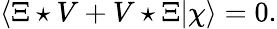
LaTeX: \langle\Xi\star V+V\star\Xi|\chi\rangle=0.